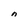
Character: n